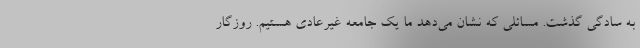
به سادگی گذشت. مسائلی که نشان می‌دهد ما یک جامعه غیرعادی هستیم. روزگار